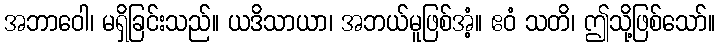
အဘာဝေါ၊ မရှိခြင်းသည်။ ယဒိသာယာ၊ အဘယ်မူဖြစ်အံ့။ ဧဝံ သတိ၊ ဤသို့ဖြစ်သော်။